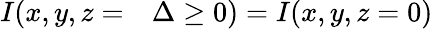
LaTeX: \begin{array}{rl}{I(x,y,z=}&{{}\Delta\ge 0)=I(x,y,z=0)}\end{array}